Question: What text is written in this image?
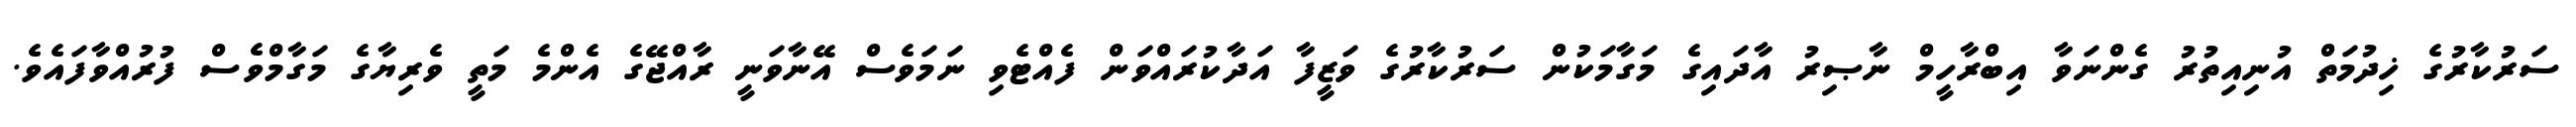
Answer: ސަރުކާރުގެ ޚިދުމަތް އުނިއިތުރު ގެންނަވާ އިބްރާހީމް ނާޞިރު އާދައިގެ މަގާމަކުން ސަރުކާރުގެ ވަޒީފާ އަދާކުރައްވަން ފެއްޓެވި ނަމަވެސް އޭނާވަނީ ރާއްޖޭގެ އެންމެ މަތީ ވެރިޔާގެ މަގާމްވެސް ފުރުއްވާފައެވެ.